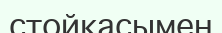
стойкасымен